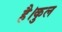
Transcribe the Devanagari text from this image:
है।कुल